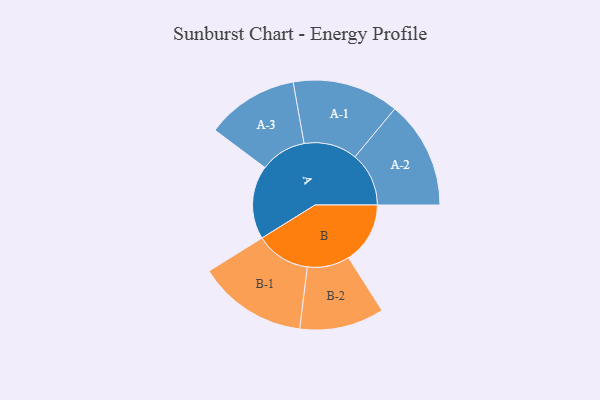
{"axis": {"x": "Segment", "y": "Value"}, "legend": ["", "A", "B"], "data": [{"x": "A", "y": 381, "type": ""}, {"x": "B", "y": 319, "type": ""}, {"x": "A-1", "y": 276, "type": "A"}, {"x": "A-2", "y": 279, "type": "A"}, {"x": "A-3", "y": 239, "type": "A"}, {"x": "B-1", "y": 283, "type": "B"}, {"x": "B-2", "y": 219, "type": "B"}]}